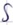
Text: S